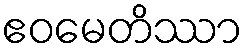
ဧဝမေတိဿာ